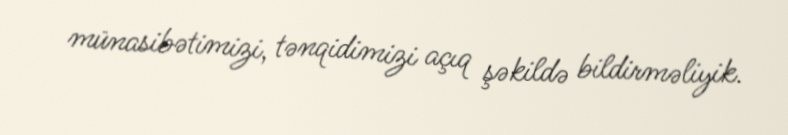
münasibətimizi, tənqidimizi açıq şəkildə bildirməliyik.